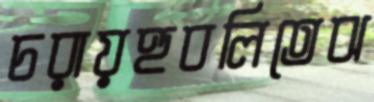
চরায়হুবলিতেঝ